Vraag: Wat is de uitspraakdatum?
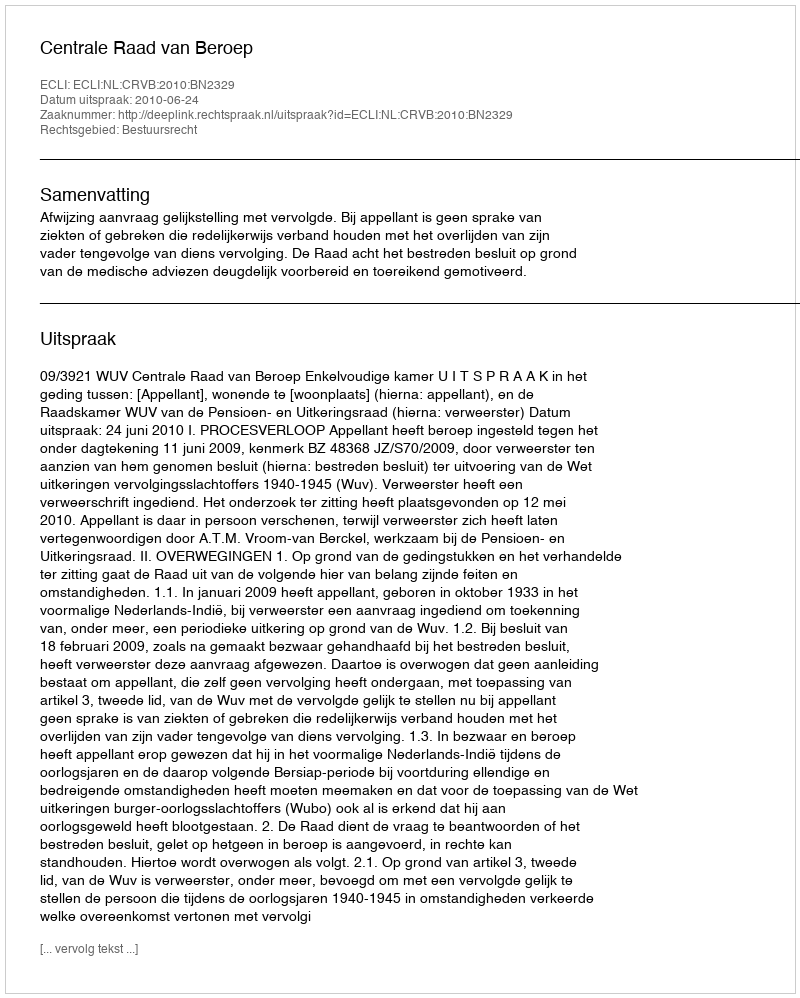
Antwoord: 2010-06-24